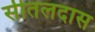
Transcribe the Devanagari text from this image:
सीतलदास